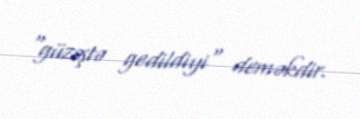
"güzəştə gedildiyi" deməkdir.